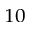
_ { 1 0 }